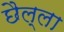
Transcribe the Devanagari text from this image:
छैल्ला